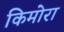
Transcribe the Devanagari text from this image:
किमोरा